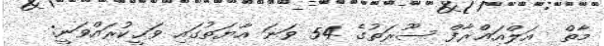
މާތް  އަލްއަޢްރާފް ސޫރަތުގެ 54 ވަނަ އާޔަތުގައި ވަޙީކުރައްވަނީ: